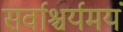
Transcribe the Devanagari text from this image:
सर्वाश्चर्यमयं